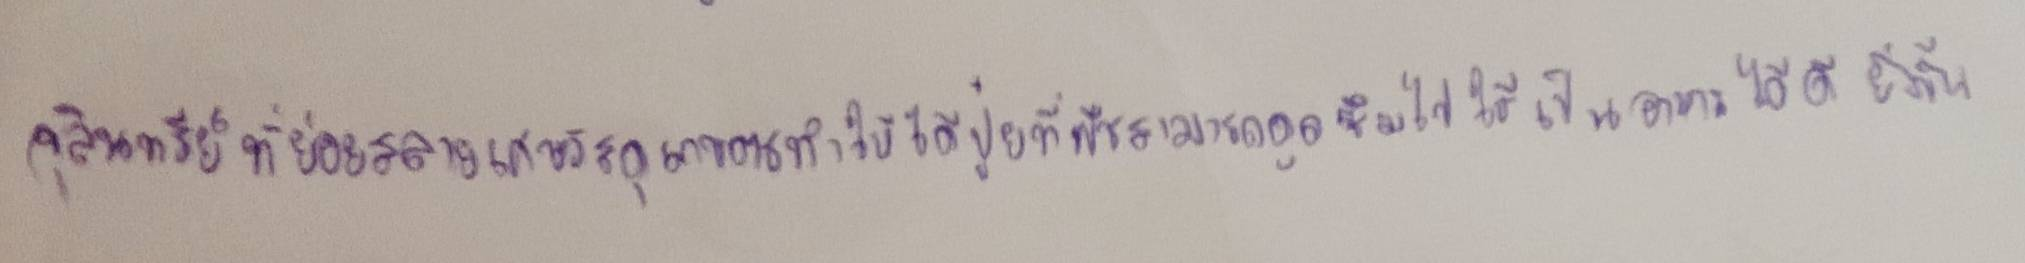
จุลินทรีย์ที่ย่อยสลายเศษวัสดุเกษตรทำให้ได้ปุ๋ยที่พืชสามารถดูดซึมไปใช้เป็นอาหารได้ดียิ่งขึ้น